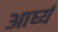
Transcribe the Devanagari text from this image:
आर्घ्य